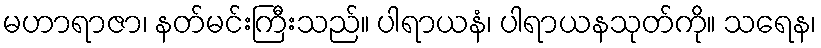
မဟာရာဇာ၊ နတ်မင်းကြီးသည်။ ပါရာယနံ၊ ပါရာယနသုတ်ကို။ သရေန၊